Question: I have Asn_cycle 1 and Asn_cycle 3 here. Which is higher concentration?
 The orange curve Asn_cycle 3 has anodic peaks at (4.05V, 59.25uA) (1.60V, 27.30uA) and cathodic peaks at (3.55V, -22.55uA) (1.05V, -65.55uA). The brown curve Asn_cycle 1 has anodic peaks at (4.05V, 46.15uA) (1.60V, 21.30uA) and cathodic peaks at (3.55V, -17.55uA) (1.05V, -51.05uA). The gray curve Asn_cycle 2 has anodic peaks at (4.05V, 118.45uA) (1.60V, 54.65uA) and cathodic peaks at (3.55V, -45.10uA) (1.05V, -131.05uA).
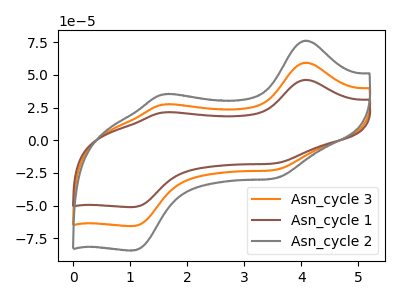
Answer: <think>All the peaks in "Asn_cycle 1" have a peak in "Asn_cycle 3" at the same potential. Every peak in "Asn_cycle 1" is lower than every peak in "Asn_cycle 3".
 </think>
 <answer>"Asn_cycle 1" has less signal than "Asn_cycle 3" and so likely has a lower concentration.</answer>
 <eval>less_concentration</eval>